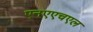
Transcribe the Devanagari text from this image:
एनएएचएल